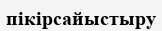
пікірсайыстыру